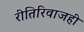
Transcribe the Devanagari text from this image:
रीतिरिवाजही